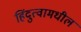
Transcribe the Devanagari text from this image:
हिंदुत्वामधील